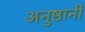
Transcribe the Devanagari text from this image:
अनुष्ठानी